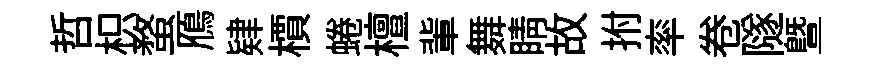
哲枳蝥鴈肄檟蜷檀軰舞睛故拊率卷隧暨